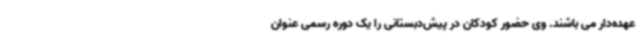
عهده‌دار می باشند. وی حضور کودکان در پیش‌دبستانی را یک دوره رسمی عنوان